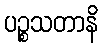
ပဉ္စသတာနိ